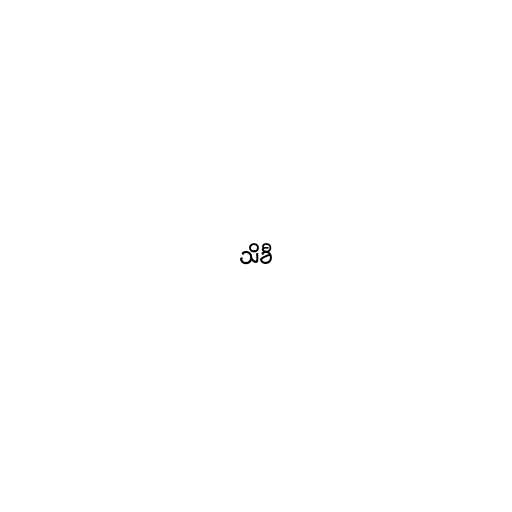
သိခီ